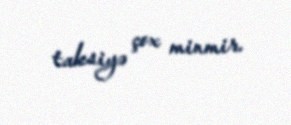
taksiyə çox minmir.